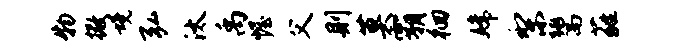
物撒境弘汰禹幄父则莫霸徊嫦梨鬻蕤